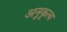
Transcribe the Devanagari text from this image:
अनुकृत्य